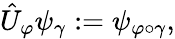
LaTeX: {\hat{U}}_{\varphi}\psi_{\gamma}:=\psi_{\varphi\circ\gamma},